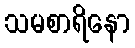
သမစာရိနော